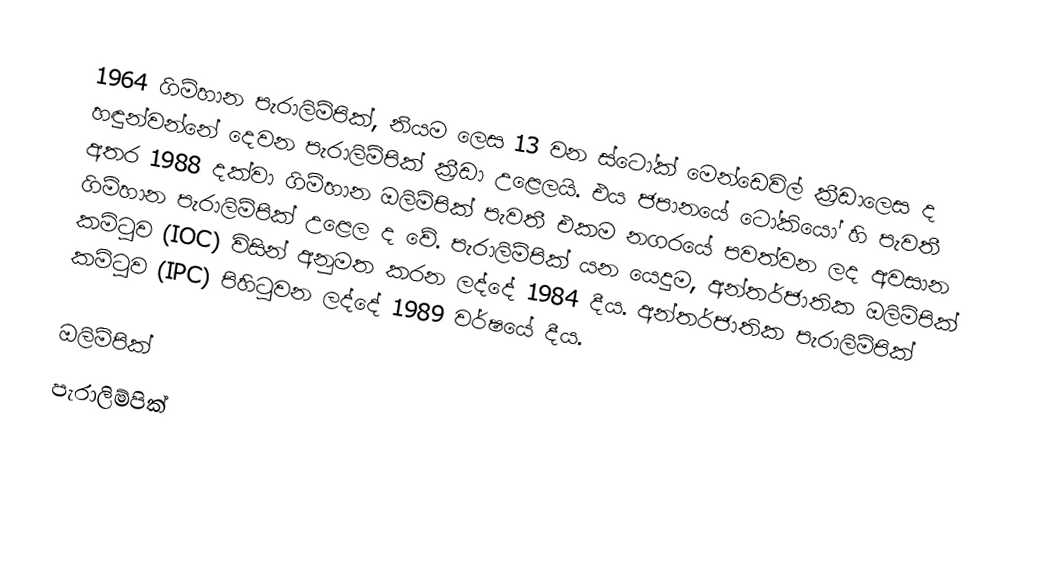
1964 ගිම්හාන පැරාලිම්පික්, නියම ලෙස 13 වන ස්ටෝක් මෙන්ඩෙවිල් ක්‍රීඩාලෙස ද හඳුන්වන්නේ දෙවන පැරාලිම්පික් ක්‍රීඩා උළෙලයි. එය ජපානයේ ටෝකියෝ හි පැවතී අතර 1988 දක්වා ගිම්හාන ඔලිම්පික් පැවතී එකම නගරයේ පවත්වන ලද අවසාන ගිම්හාන පැරාලිම්පික් උළෙල ද වේ. පැරාලිම්පික් යන යෙදුම, අන්තර්ජාතික ඔලිම්පික් කමිටුව (IOC) විසින් අනුමත කරන ලද්දේ 1984 දීය. අන්තර්ජාතික පැරාලිම්පික් කමිටුව (IPC) පිහිටුවන ලද්දේ 1989 වර්ෂයේ දීය.

ඔලිම්පික්
පැරාලිම්පික්